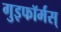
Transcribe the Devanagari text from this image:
गुइफॉर्मस्